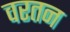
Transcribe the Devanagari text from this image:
वरतन